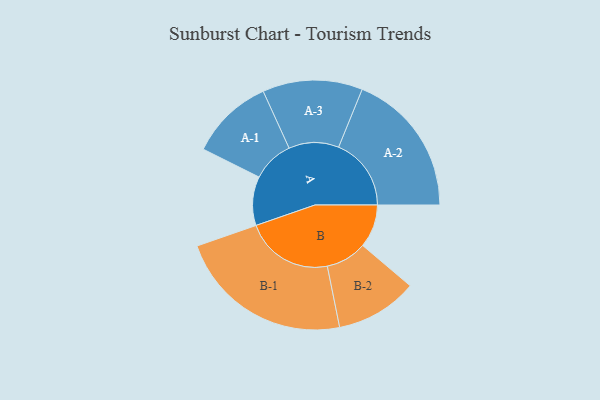
{"axis": {"x": "Segment", "y": "Value"}, "legend": ["", "A", "B"], "data": [{"x": "A", "y": 136, "type": ""}, {"x": "B", "y": 120, "type": ""}, {"x": "A-1", "y": 116, "type": "A"}, {"x": "A-2", "y": 202, "type": "A"}, {"x": "A-3", "y": 139, "type": "A"}, {"x": "B-1", "y": 245, "type": "B"}, {"x": "B-2", "y": 114, "type": "B"}]}